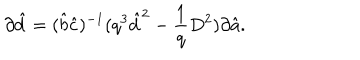
\partial \hat { d } = ( \hat { b } \hat { c } ) ^ { - 1 } ( q ^ { 3 } \hat { d } ^ { 2 } - \frac { 1 } { q } D ^ { 2 } ) \partial \hat { a } .